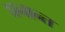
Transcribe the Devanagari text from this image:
घनान्त